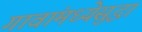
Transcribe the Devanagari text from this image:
गावांमध्येसुद्धा